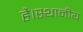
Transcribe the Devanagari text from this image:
है।स्थानीय